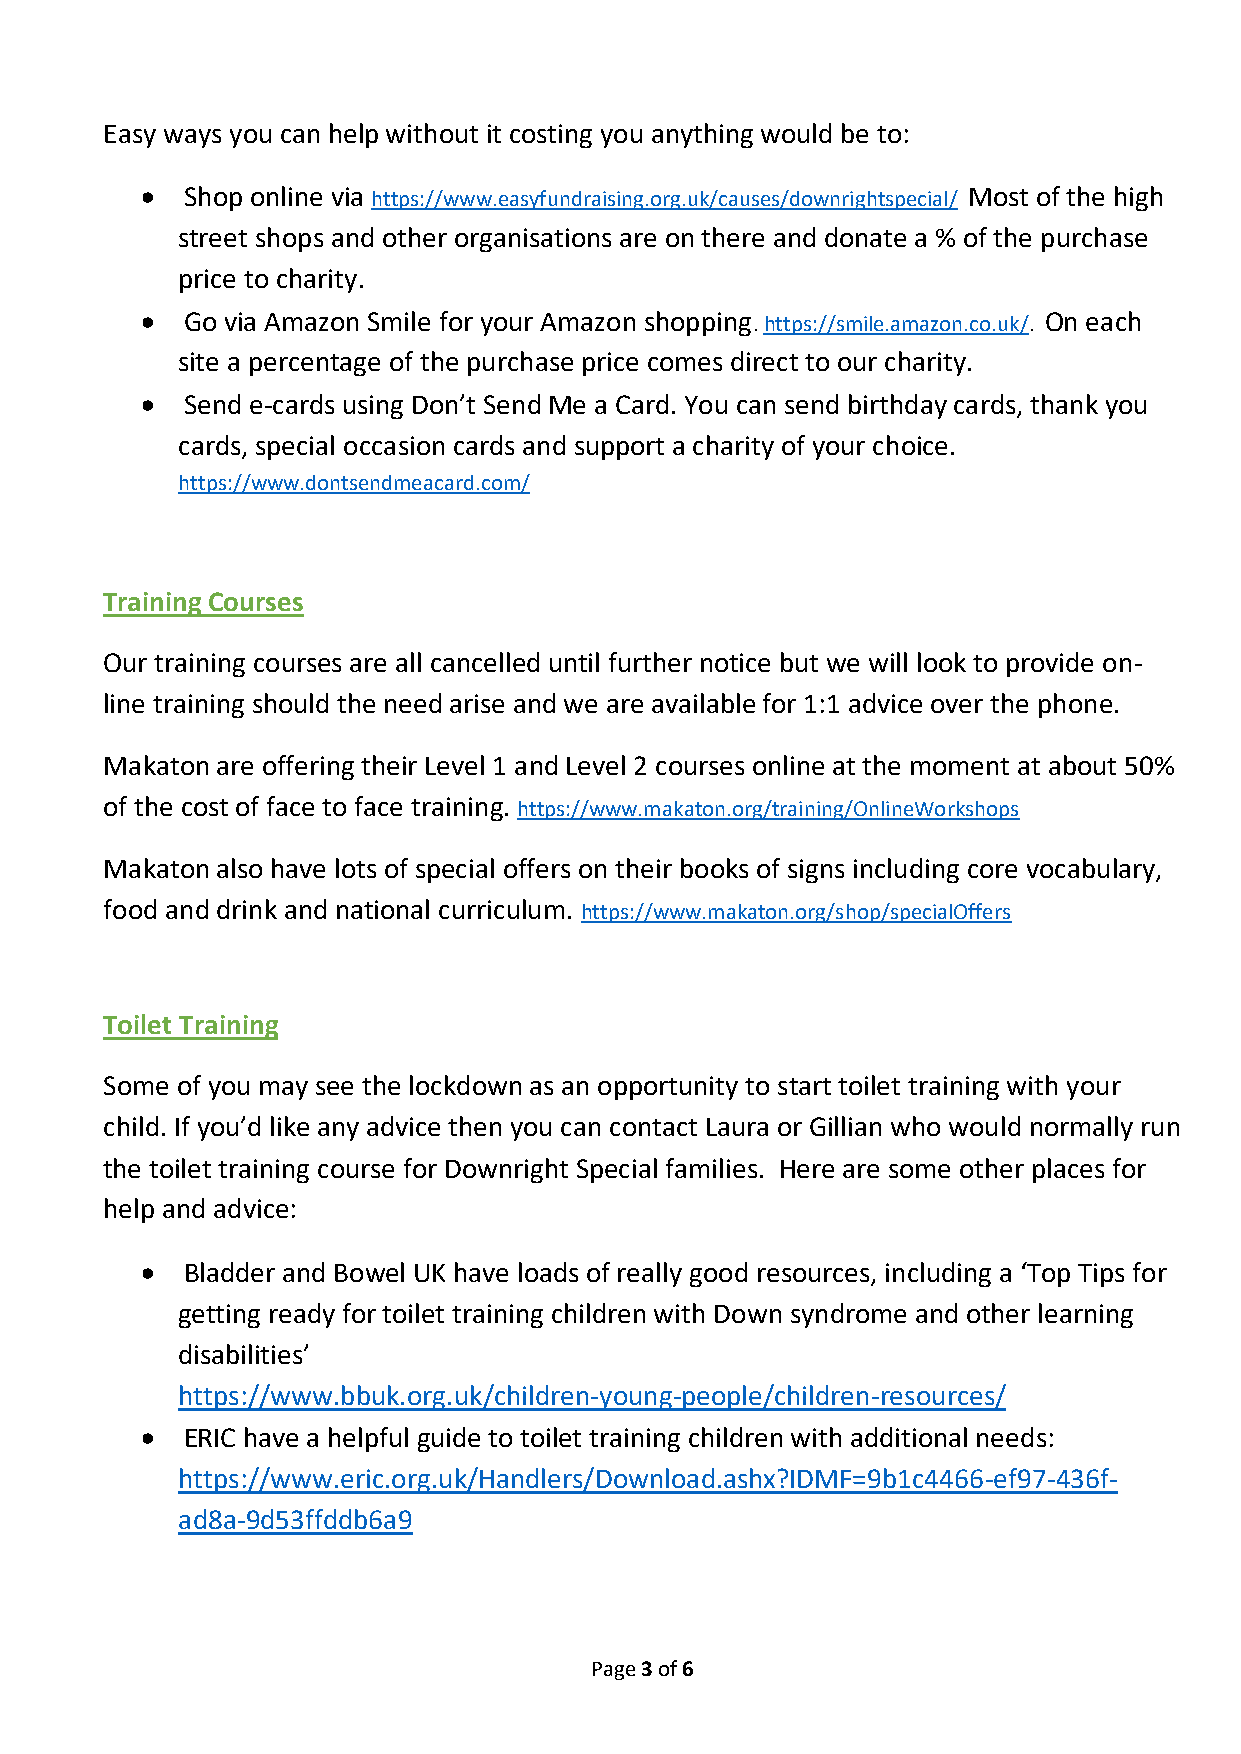
Easy ways you can help without it costing you anything would be to:
   Shop online via https://www.easyfundraising.org.uk/causes/downrightspecial/ Most of the high
 street shops and other organisations are on there and donate a % of the purchase
 price to charity.
   Go via Amazon Smile for your Amazon shopping. https://smile.amazon.co.uk/. On each
 site a percentage of the purchase price comes direct to our charity.
   Send e-cards using Don’t Send Me a Card. You can send birthday cards, thank you
 cards, special occasion cards and support a charity of your choice.
 https://www.dontsendmeacard.com/
 Training Courses
 Our training courses are all cancelled until further notice but we will look to provide on-
 line training should the need arise and we are available for 1:1 advice over the phone.
 Makaton are offering their Level 1 and Level 2 courses online at the moment at about 50%
 of the cost of face to face training. https://www.makaton.org/training/OnlineWorkshops
 Makaton also have lots of special offers on their books of signs including core vocabulary,
 food and drink and national curriculum. https://www.makaton.org/shop/specialOffers
 Toilet Training
 Some of you may see the lockdown as an opportunity to start toilet training with your
 child. If you’d like any advice then you can contact Laura or Gillian who would normally run
 the toilet training course for Downright Special families. Here are some other places for
 help and advice:
   Bladder and Bowel UK have loads of really good resources, including a ‘Top Tips for
 getting ready for toilet training children with Down syndrome and other learning
 disabilities’
 https://www.bbuk.org.uk/children-young-people/children-resources/
   ERIC have a helpful guide to toilet training children with additional needs:
 https://www.eric.org.uk/Handlers/Download.ashx?IDMF=9b1c4466-ef97-436f-
 ad8a-9d53ffddb6a9
 Page 3 of 6